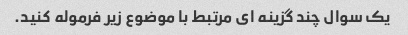
یک سوال چند گزینه ای مرتبط با موضوع زیر فرموله کنید.